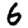
Digit: 6